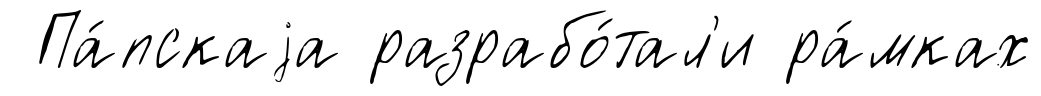
Па́пскаjа разрабо́тал'и ра́мках